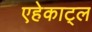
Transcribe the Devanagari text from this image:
एहेकाट्ल